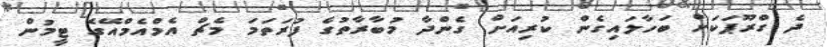
ދެ ގްރޫޕަކަށް ބަހާލައިގެން ކުރިއަށް ގެންދާ މުބާރާތުގެ ފުރަތަމަ މެޗް އެމްއެމްއޭގެ ޓީމުން